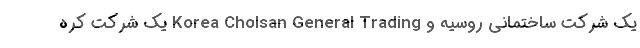
یک شرکت ساختمانی روسیه و Korea Cholsan General Trading یک شرکت کره